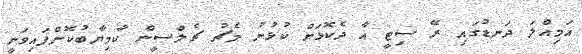
އަމިއްލަ ދަނޑުގައި ރޭ ސިޓީ އާ ދެކޮޅަށް ކުޅުނު މެޗު ޗެލްސީން ކާމިޔާބުކޮށްފައިވަނީ